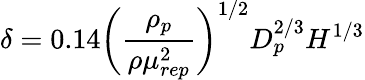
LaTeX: \delta=0.14\bigg(\frac{\rho_{p}}{\rho\mu_{rep}^{2}}\bigg)^{1/2}D_{p}^{2/3}H^{1/3}